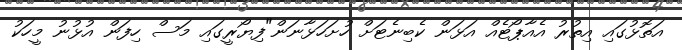
އަތޮޅުގައި އިތުރު އެއާޕޯޓެއް އަޅަން ކެބިނެޓަށް ހުށަހަޅާނަން"ފިޔޯރީގައި މަސް ހިފަން އުޅުނު މީހަކު